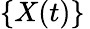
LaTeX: \{ X(t)\} \,